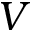
V